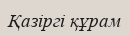
Қазіргі құрам